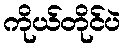
ကိုယ်တိုင်ပဲ